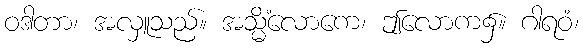
ဝဒါတာ၊ အလှူသည်။ အသ္မိံလောကေ၊ ဤလောက၌။ ဂါရဝံ၊